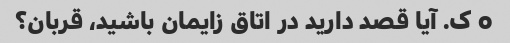
o ک. آیا قصد دارید در اتاق زایمان باشید، قربان؟